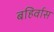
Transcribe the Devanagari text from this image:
बहिर्वास